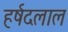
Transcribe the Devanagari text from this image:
हर्षदलाल